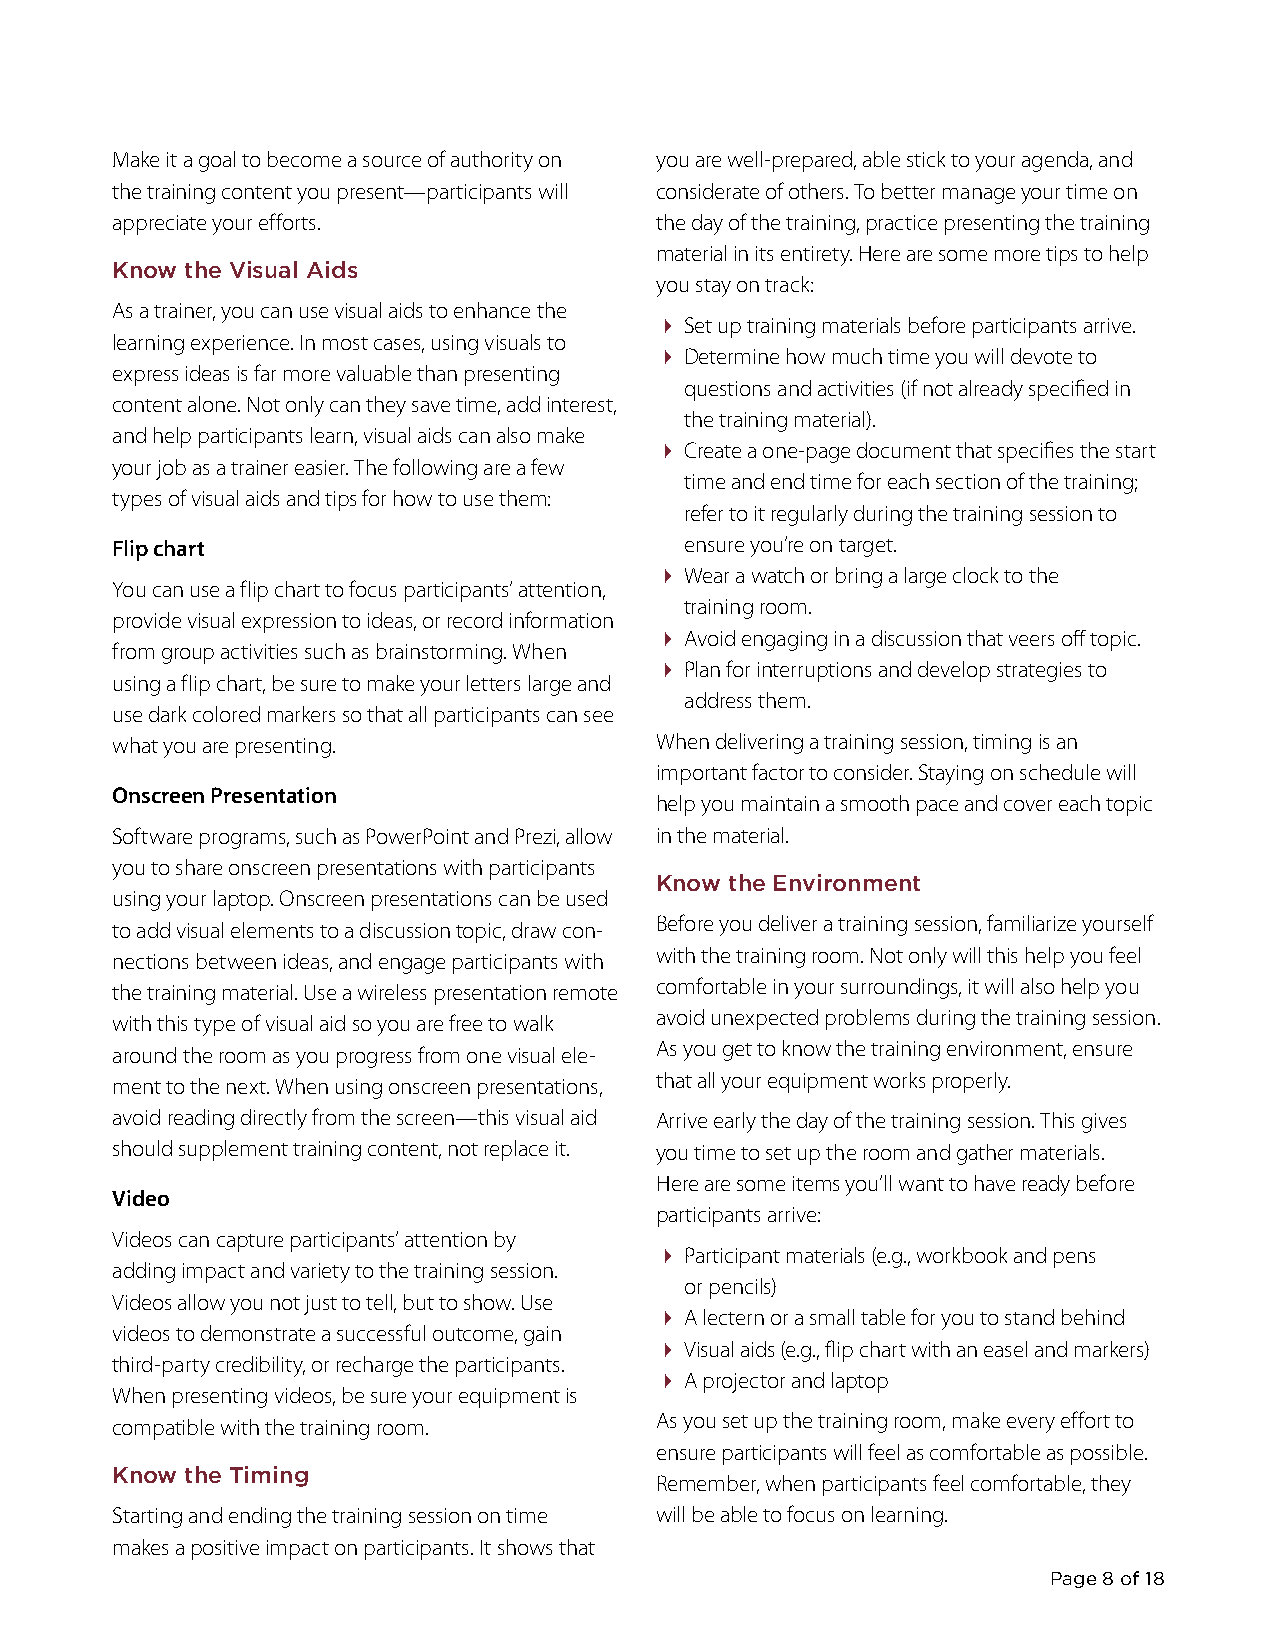
Make it a goal to become a source of authority on you are well-prepared, able stick to your agenda, and
 the training content you present—participants will considerate of others. To better manage your time on
 appreciate your efforts.            the day of the training, practice presenting the training
 material in its entirety. Here are some more tips to help
 Know the Visual Aids
 you stay on track:
 As a trainer, you can use visual aids to enhance the
  Set up training materials before participants arrive.
 learning experience. In most cases, using visuals to
  Determine how much time you will devote to
 express ideas is far more valuable than presenting
 questions and activities (if not already specified in
 content alone. Not only can they save time, add interest,
 the training material).
 and help participants learn, visual aids can also make
  Create a one-page document that specifies the start
 your job as a trainer easier. The following are a few
 time and end time for each section of the training;
 types of visual aids and tips for how to use them:
 refer to it regularly during the training session to
 Flip chart                            ensure you’re on target.
  Wear a watch or bring a large clock to the
 You can use a flip chart to focus participants’ attention,
 training room.
 provide visual expression to ideas, or record information
  Avoid engaging in a discussion that veers off topic.
 from group activities such as brainstorming. When
  Plan for interruptions and develop strategies to
 using a flip chart, be sure to make your letters large and
 address them.
 use dark colored markers so that all participants can see
 what you are presenting.            When delivering a training session, timing is an
 important factor to consider. Staying on schedule will
 Onscreen Presentation
 help you maintain a smooth pace and cover each topic
 Software programs, such as PowerPoint and Prezi, allow in the material.
 you to share onscreen presentations with participants
 Know the Environment
 using your laptop. Onscreen presentations can be used
 to add visual elements to a discussion topic, draw con- Before you deliver a training session, familiarize yourself
 nections between ideas, and engage participants with with the training room. Not only will this help you feel
 the training material. Use a wireless presentation remote comfortable in your surroundings, it will also help you
 with this type of visual aid so you are free to walk avoid unexpected problems during the training session.
 around the room as you progress from one visual ele- As you get to know the training environment, ensure
 ment to the next. When using onscreen presentations, that all your equipment works properly.
 avoid reading directly from the screen—this visual aid Arrive early the day of the training session. This gives
 should supplement training content, not replace it. you time to set up the room and gather materials.
 Here are some items you’ll want to have ready before
 Video
 participants arrive:
 Videos can capture participants’ attention by
  Participant materials (e.g., workbook and pens
 adding impact and variety to the training session.
 or pencils)
 Videos allow you not just to tell, but to show. Use
  A lectern or a small table for you to stand behind
 videos to demonstrate a successful outcome, gain
  Visual aids (e.g., flip chart with an easel and markers)
 third-party credibility, or recharge the participants.
  A projector and laptop
 When presenting videos, be sure your equipment is
 compatible with the training room.  As you set up the training room, make every effort to
 ensure participants will feel as comfortable as possible.
 Know the Timing
 Remember, when participants feel comfortable, they
 Starting and ending the training session on time will be able to focus on learning.
 makes a positive impact on participants. It shows that
 Page 8 of 18